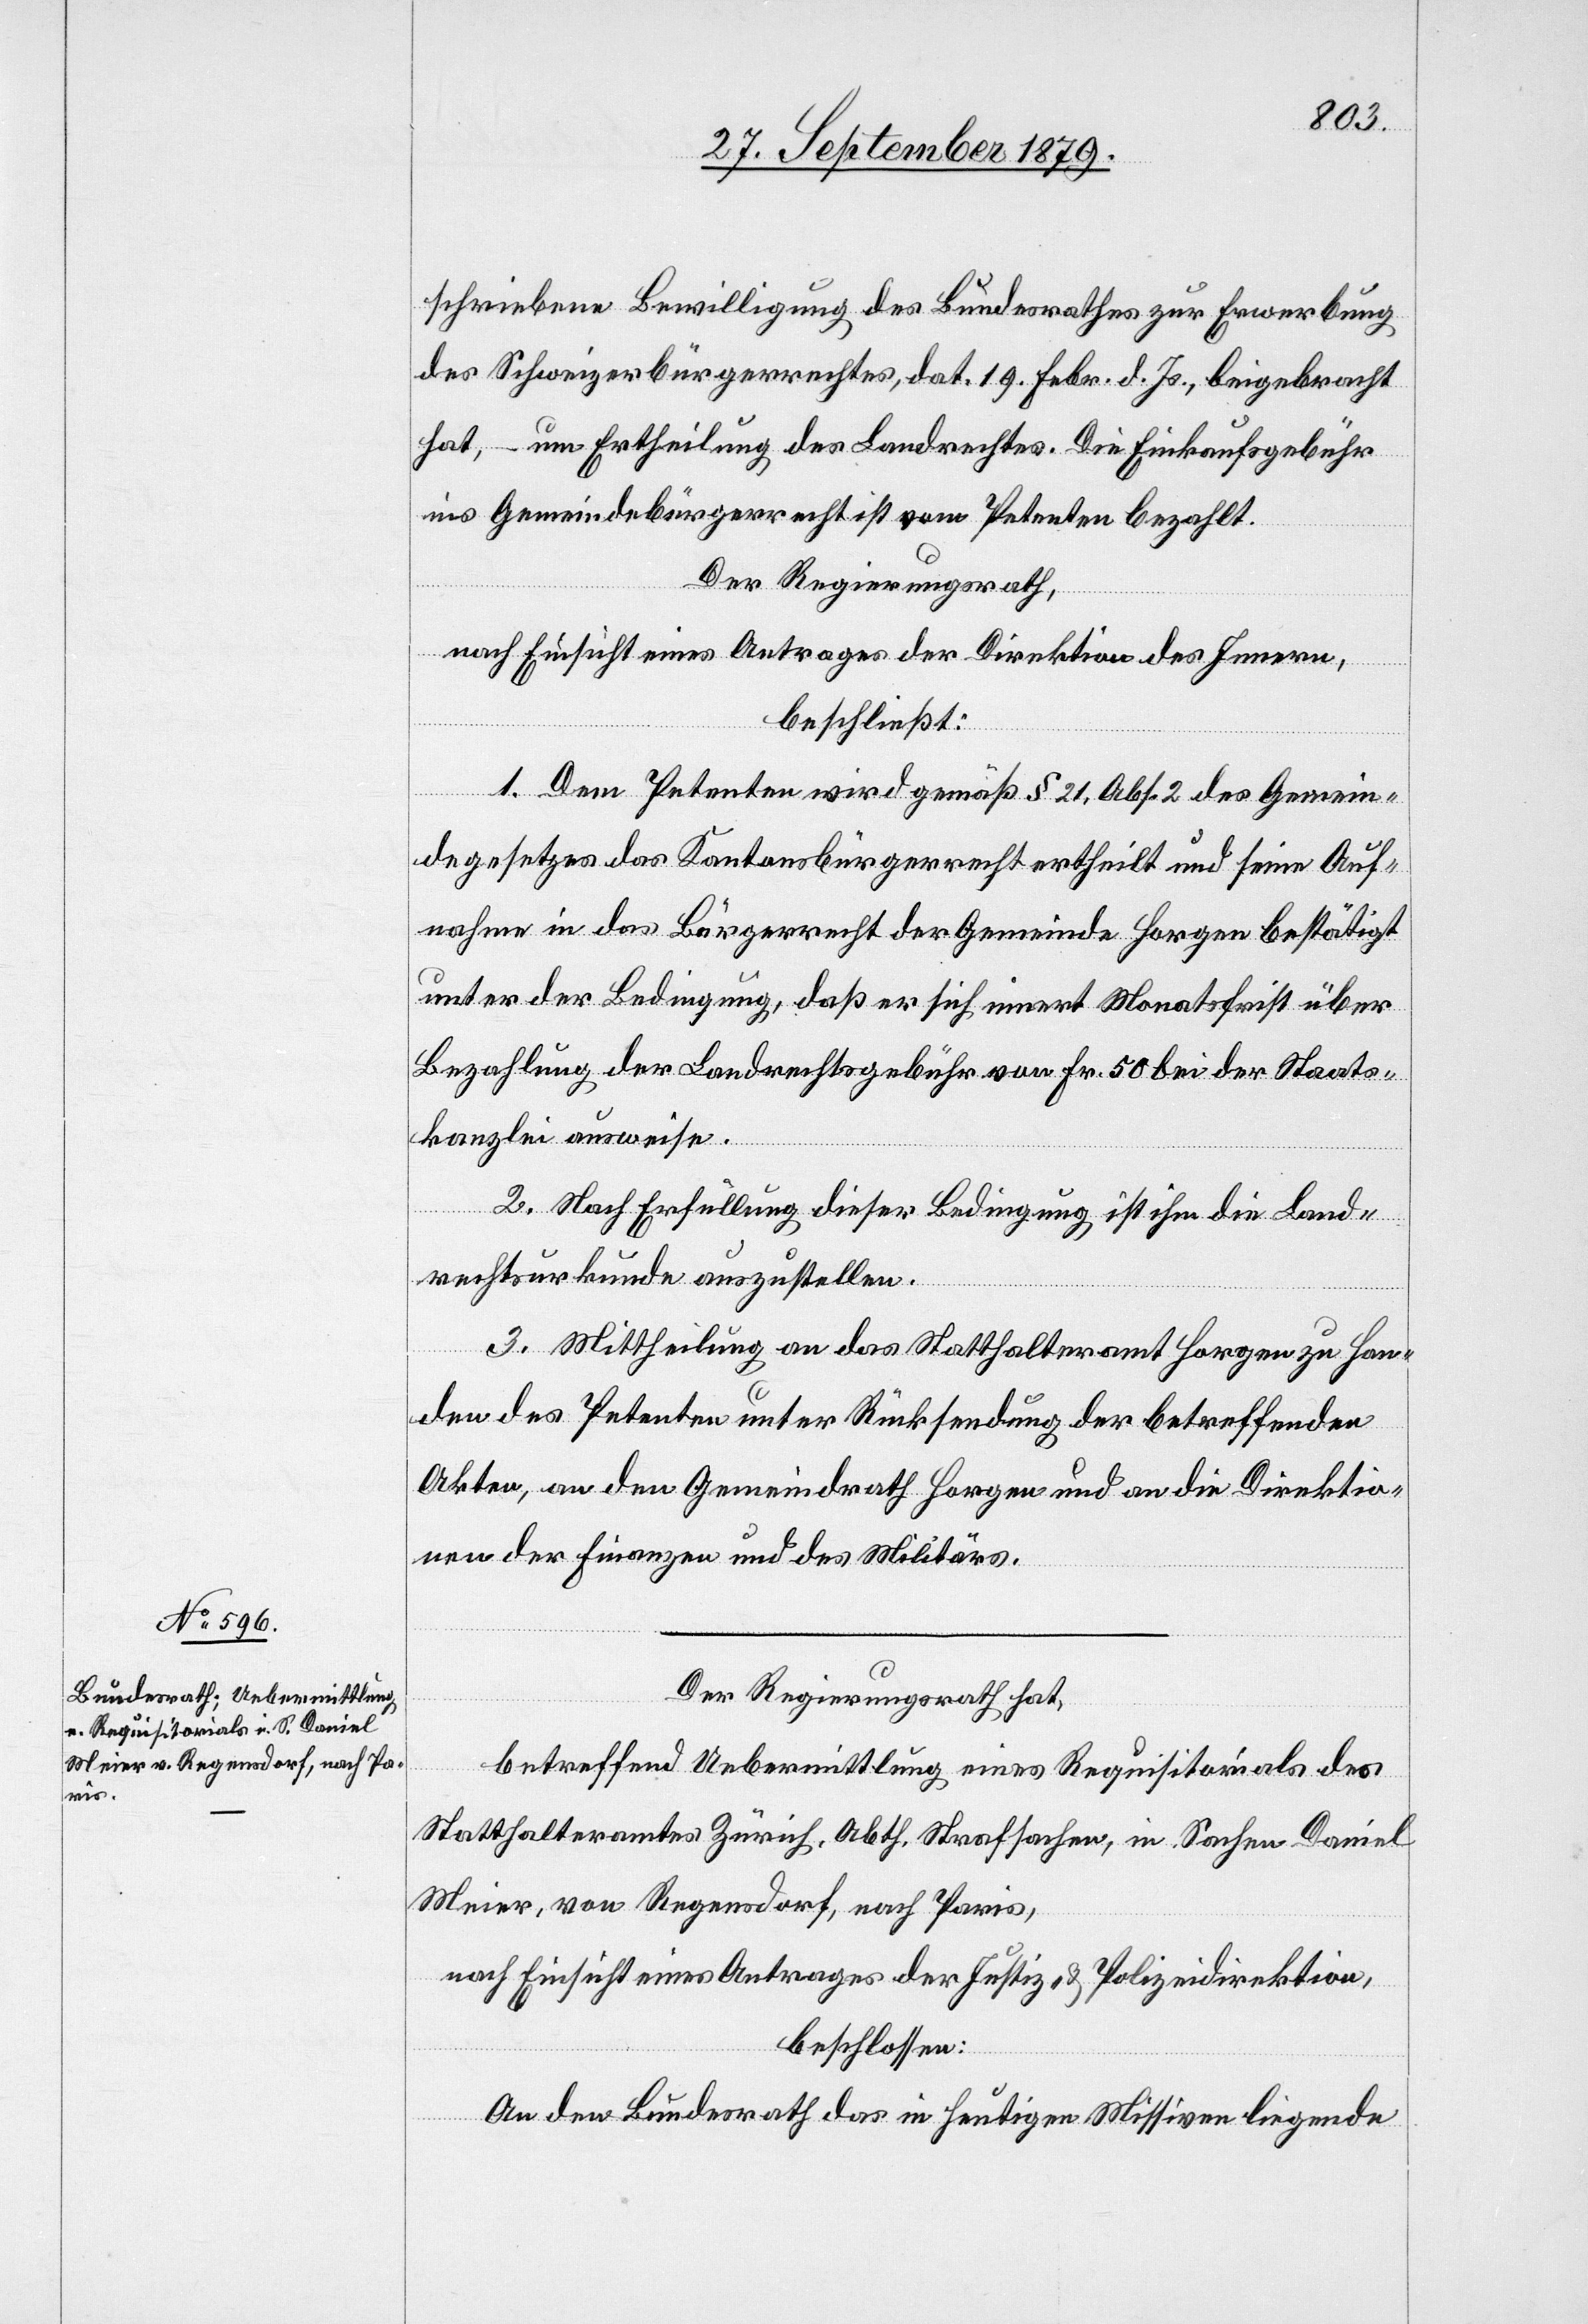
schriebene Bewilligung des Bundesrathes zur Erwerbung
des Schweizerbürgerrechtes, dat. 19. Febr. d. Js., beigebracht
hat, – um Ertheilung des Landrechtes. Die Einkaufsgebühr
ins Gemeindebürgerrecht ist vom Petenten bezahlt.
Der Regierungsrath,
nach Einsicht eines Antrages der Direktion des Innern,
beschließt:
1. Dem Petenten wird gemäß § 21, Abs. 2 des Gese¬
dewesen das Kantonsbürgerrecht ertheilt und seine Auf¬
nahme in das Bürgerrecht der Gemeinde Horgen bestätigt
unter der Bedingung, daß er sich innert Monatsfrist über
Bezahlung der Landrechtsgebühr von Fr. 50 bei der Staats¬
kanzlei ausweise.
2. Nach Erfüllung dieser Bedingung ist ihm die Land¬
rechtsurkunde auszustellen.
3. Mittheilung an das Statthalteramt Horgen zu Han¬
den des Petenten unter Rücksendung der betreffenden
Akten, an den Gemeindrath Horgen und an die Direktio¬
nen der Finanzen und des Militärs.
Der Regierungsrath hat,
ein¬
betreffend Uebermittlung eines Requisitorials des
Statthalteramtes Zürich, Abth. Strafsachen, in Sachen Daniel
Meier, von Regensdorf, nach Paris,
nach Einsicht eines Antrages der Justiz- & Polizeidirektion,
beschlossen:
An den Bundesrath das in heutigen Missiven liegende